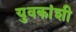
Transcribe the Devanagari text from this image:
युवकांशी